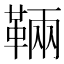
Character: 䩫